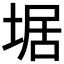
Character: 𡍄